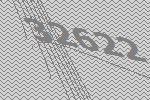
32622